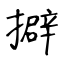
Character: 擗